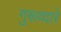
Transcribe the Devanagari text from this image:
गुरूव्‍द़ारें